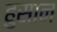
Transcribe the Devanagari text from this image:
हुसान